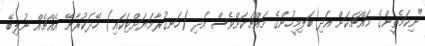
"ނިކަމެތީންގެ މައްޗަކަށް އަދި ބަލިމީހުންގެ މައްޗަކަށްވެސް އަދި (ހަނގުރާމަޔަށްޓަކައި) ހޭދަކުރާނޭ އެއްޗެއް ނުލިބޭ